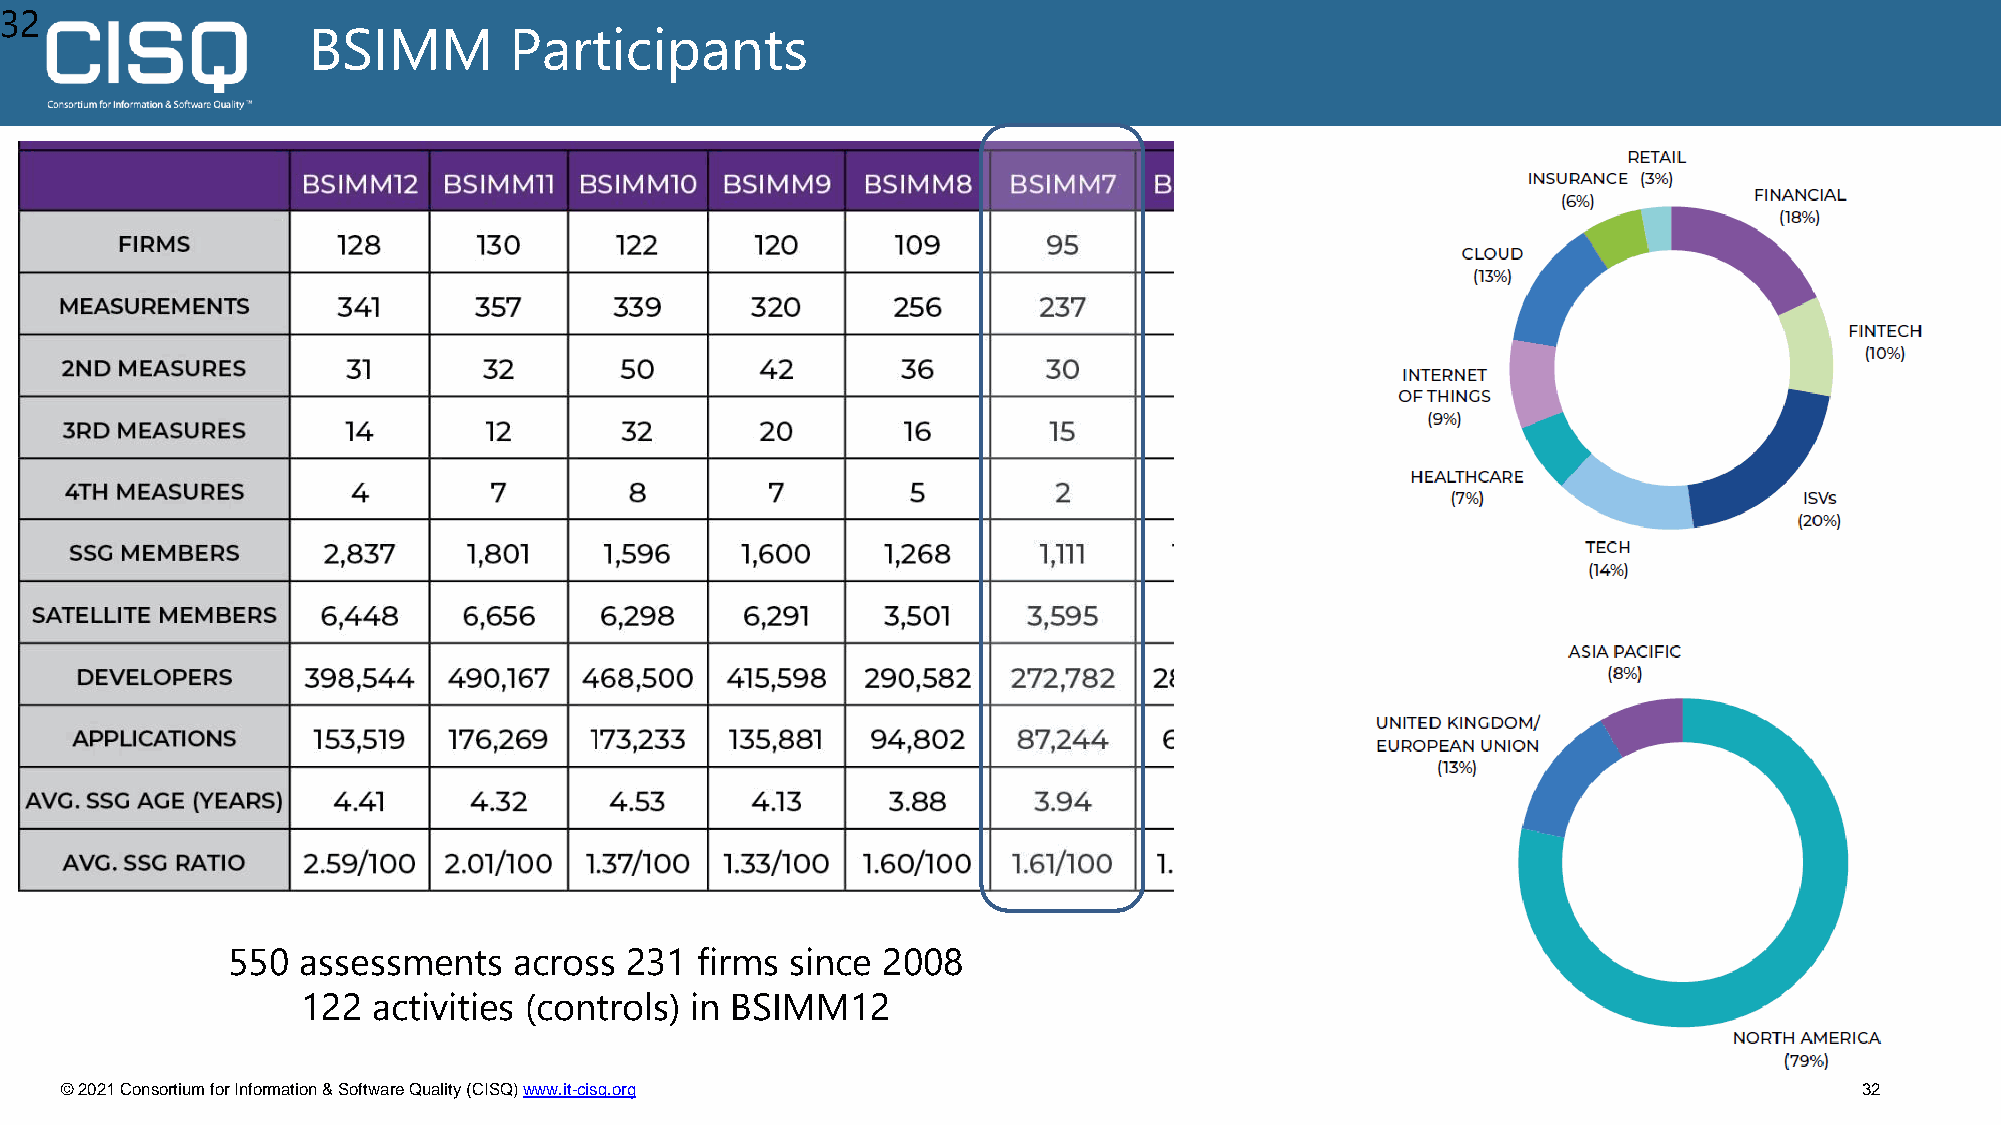
32
 BSIMM         Participants
 550  assessments   across 231  firms since 2008
 122  activities (controls) in BSIMM12
 © 2021 Consortium for Information & Software Quality (CISQ) www.it-cisq.org                                            32